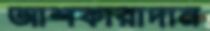
আশকারাদান